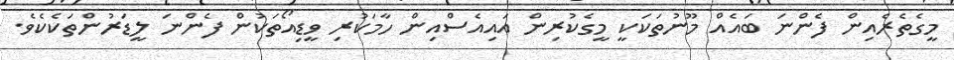
މީގެތެރެއިން ފެންނަ ބައެއް މޫނުތަކަކީ މީގެކުރިން އައިއެސްއިން ހާމަކުރި ވީޑިއޯތަކުން ފެންނަ ލީޑަރުންތަކެކެވެ.